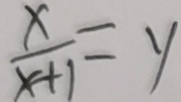
\frac { x } { x + 1 } = y